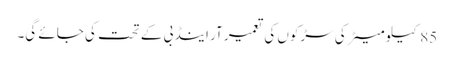
85کیلو میٹر کی سڑکوں کی تعمیر آر اینڈ بی کے تحت کی جائے گی۔